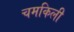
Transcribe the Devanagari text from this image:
चमकिली